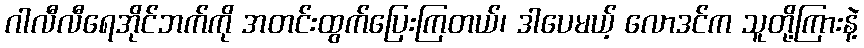
ဂါလီလီရေအိုင်ဘက်ကို အတင်းထွက်ပြေးကြတယ်၊ ဒါပေမယ့် လောဒင်က သူတို့ကြားနဲ့